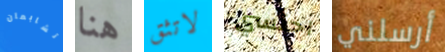
تشابمان هنا لاتثق احتسي أرسلني